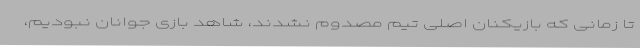
تا زمانی که بازیکنان اصلی تیم مصدوم نشدند، شاهد بازی جوانان نبودیم،